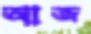
আজ